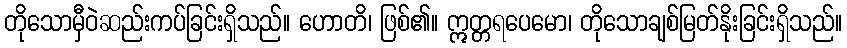
တိုသောမှီဝဲဆည်းကပ်ခြင်းရှိသည်။ ဟောတိ၊ ဖြစ်၏။ ဣတ္တရပေမော၊ တိုသောချစ်မြတ်နိုးခြင်းရှိသည်။